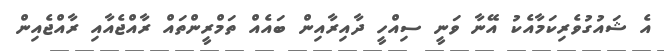
އެ ޝައުގުވެރިކަމާއެކު އޭނާ ވަނީ ސިއްހީ ދާއިރާއިން ބައެއް ތަމްރީންތައް ރާއްޖެއާއި ރާއްޖެއިން